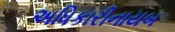
અધિકારીનાયબ